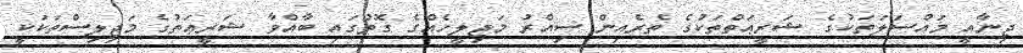
ޖިނާއީ މައްސަލަތަކުގެ ޝަރީޢަތްތަކުގެ ތެރެއިން ސިއްރު މަޖިލީހެއްގެ ގޮތުގައި ބާއްވާ ޝަރީޢަތުގެ މަޖިލިސްތަކަކީ